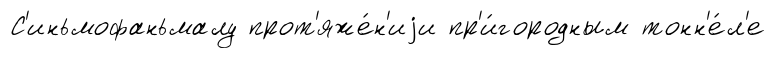
С'иньмофаньмалу прот'яже́н'иjи пр'и́городным тонн'е́л'е